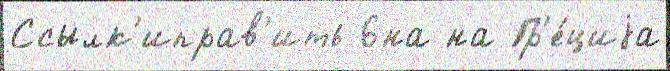
Ссылк'иправ'ить 6на на Гр'е́циjа